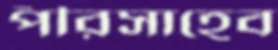
পীরসাহেব